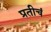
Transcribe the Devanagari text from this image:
प्रतीचं